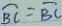
\widehat { B C } = \widehat { B C }